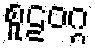
စူဠဝဂ္ဂ